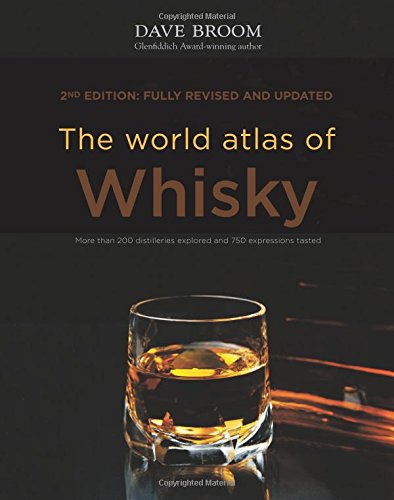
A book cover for The World Atlas of Whisky: New Edition; Dave Broom; Cookbooks, Food & Wine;